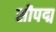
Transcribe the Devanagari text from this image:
सौपद्म